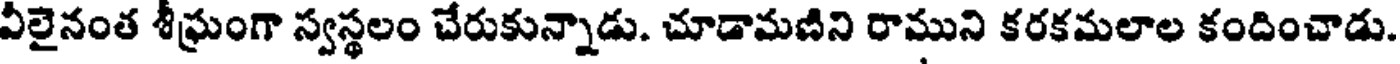
వీలైనంత శీఘ్రంగా స్వస్థలం చేరుకున్నాడు. చూడామణిని రాముని కరకమలాల కందించాడు.